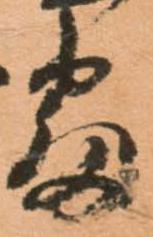
番